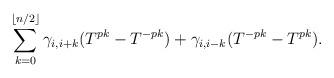
LaTeX: \begin{align*} \sum_{k=0}^{\lfloor n/2 \rfloor} \gamma_{i,i+k}(T^{pk} - T^{-pk}) + \gamma_{i,i-k} (T^{-pk}-T^{pk}).\end{align*}